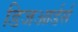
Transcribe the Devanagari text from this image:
डिजआर्डर्स